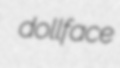
dollface